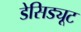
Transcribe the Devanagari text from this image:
डेसिड्यूट